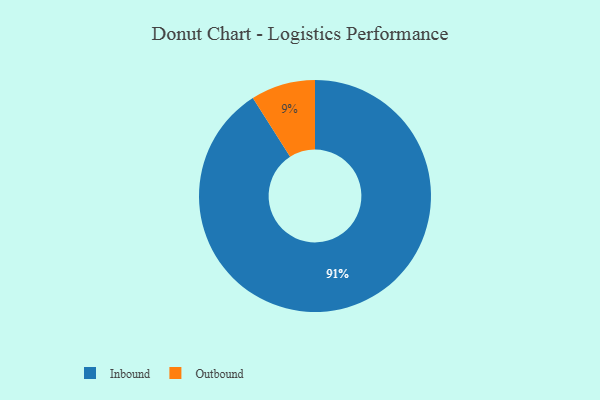
{"axis": {"x": "Category", "y": "Percentage"}, "legend": ["Inbound", "Outbound"], "data": [{"x": "Outbound", "y": 9, "type": "Outbound"}, {"x": "Inbound", "y": 91, "type": "Inbound"}]}